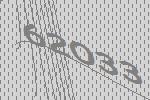
62033